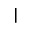
\vert